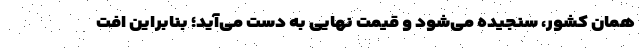
همان کشور، سنجیده می‌شود و قیمت نهایی به دست می‌آید؛ بنابراین افت